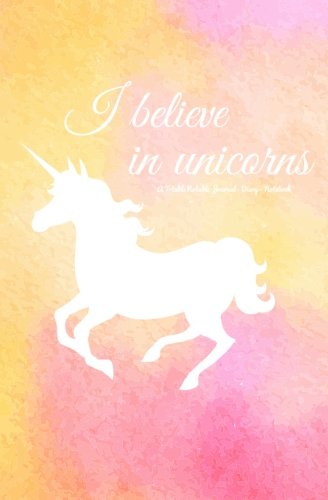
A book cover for I Believe in Unicorns Journal: A Totable Notable Journal - Diary - Notebook (Totable Notables); H.R. Wallace Publishing; Self-Help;